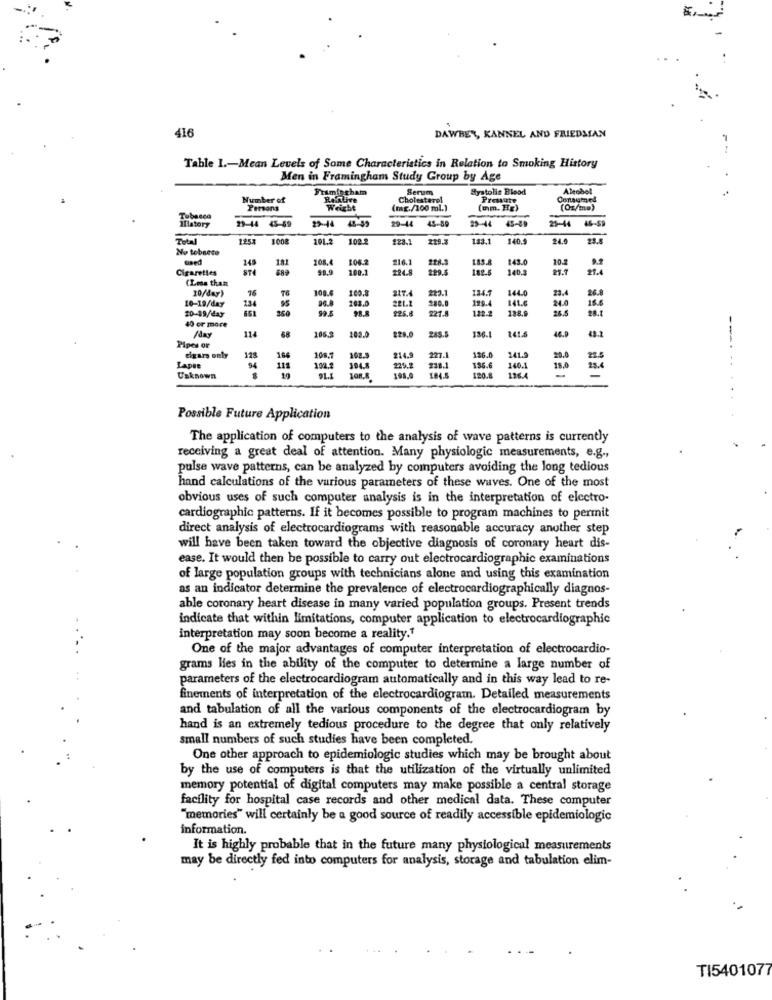
416
DAWBER, KANNEL AND FRIEDMAN
Table 1 .- Mean Levels of Same Characteristics in Relation to Smoking History
Men in Framingham Study Group by Age
Framingham
Serum
Systolic Blood
Alobol
Number of
RenLive
Cholesterol
Presute
Consumed
Persons
Weight
(mg./100 ml.)
(mm. He)
(Oz/mo)
Tubesco
29-44 45-69
29-44 48-59
29-44
29-14
45-89
29-44
Ilatory
45-50
Total
125%
1008
201.2
102.2
£23.2
219.3
133,1
140.5
24.6
25.8
No tobsece
14
108.4
104.2
216.1
185.8
143.0
10.7
9.2
Cigarettes
100.1
$24.8
229.5
182.5
140.3
21.4
(Less than
10/day)
76
100.6
160.8
134.1
144.0
23.4
26.8
10-19/day
95
119.
141.6
24.0
3.6
20-19/day
651
36.0
203.0
225.8
227.8
122.2
138.9
26.5
24.1
40 or more
11
68
106.3
108.0
228.0
285.5
136.1
141.5
46.8
/day
--.
Pipes of
108.7
21.4.ª
221.1
136.0
cigars only
128
164
Lapse
111
102.2
1943
229.2
238.1
184.5
136.6
120.8
140.1
18.0
Unknown
91.1
193.0
116.4
-
Possible Future Application
The application of computers to the analysis of wave patterns is currently
receiving a great deal of attention. Many physiologic measurements, e.g .,
pulse wave patterns, can be analyzed by computers avoiding the long tedious
hand calculations of the various parameters of these waves. One of the most
obvious uses of such computer analysis is in the interpretation of electro-
cardiographic patterns. If it becomes possible to program machines to permit
direct analysis of electrocardiograms with reasonable accuracy another step
will have been taken toward the objective diagnosis of coronary heart dis-
ease. It would then be possible to carry out electrocardiogramaminations
of large population groups with technicians alone and using this examination
as an indicator determine the prevalence of electrocardiogramally diagnos-
able coronary heart disease in many varied population groups. Present trends
indicate that within Limitations, computer application to electrocardiogra
interpretation may soon become a reality."
One of the major advantages of computer interpretation of electrocardio-
grams lies in the ability of the computer to determine a large number of
parameters of the electrocardiogram automatically and in this way lead to re-
finements of interpretation of the electrocardiogram. Detailed measurements
and tabulation of all the various components of the electrocardiogram by
hand is an extremely tedious procedure to the degree that only relatively
small numbers of such studies have been completed.
One other approach to epidemiologic studies which may be brought about
by the use of computers is that the utilization of the virtually unlimited
memory potential of digital computers may make possible a central storage
facility for hospital case records and other medical data. These computer
"memories" will certainly be a good source of readily accessible epidemiologic
information.
It is highly probable that in the future many physiological measurements
may be directly fed into computers for analysis, storage and tabulation elim-
TI5401077